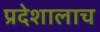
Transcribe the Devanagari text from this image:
प्रदेशालाच